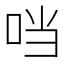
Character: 𪠽